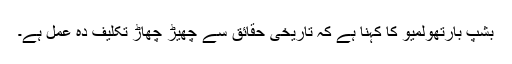
بشپ بارتھولمیو کا کہنا ہے کہ تاریخی حقائق سے چھیڑ چھاڑ تکلیف دہ عمل ہے۔